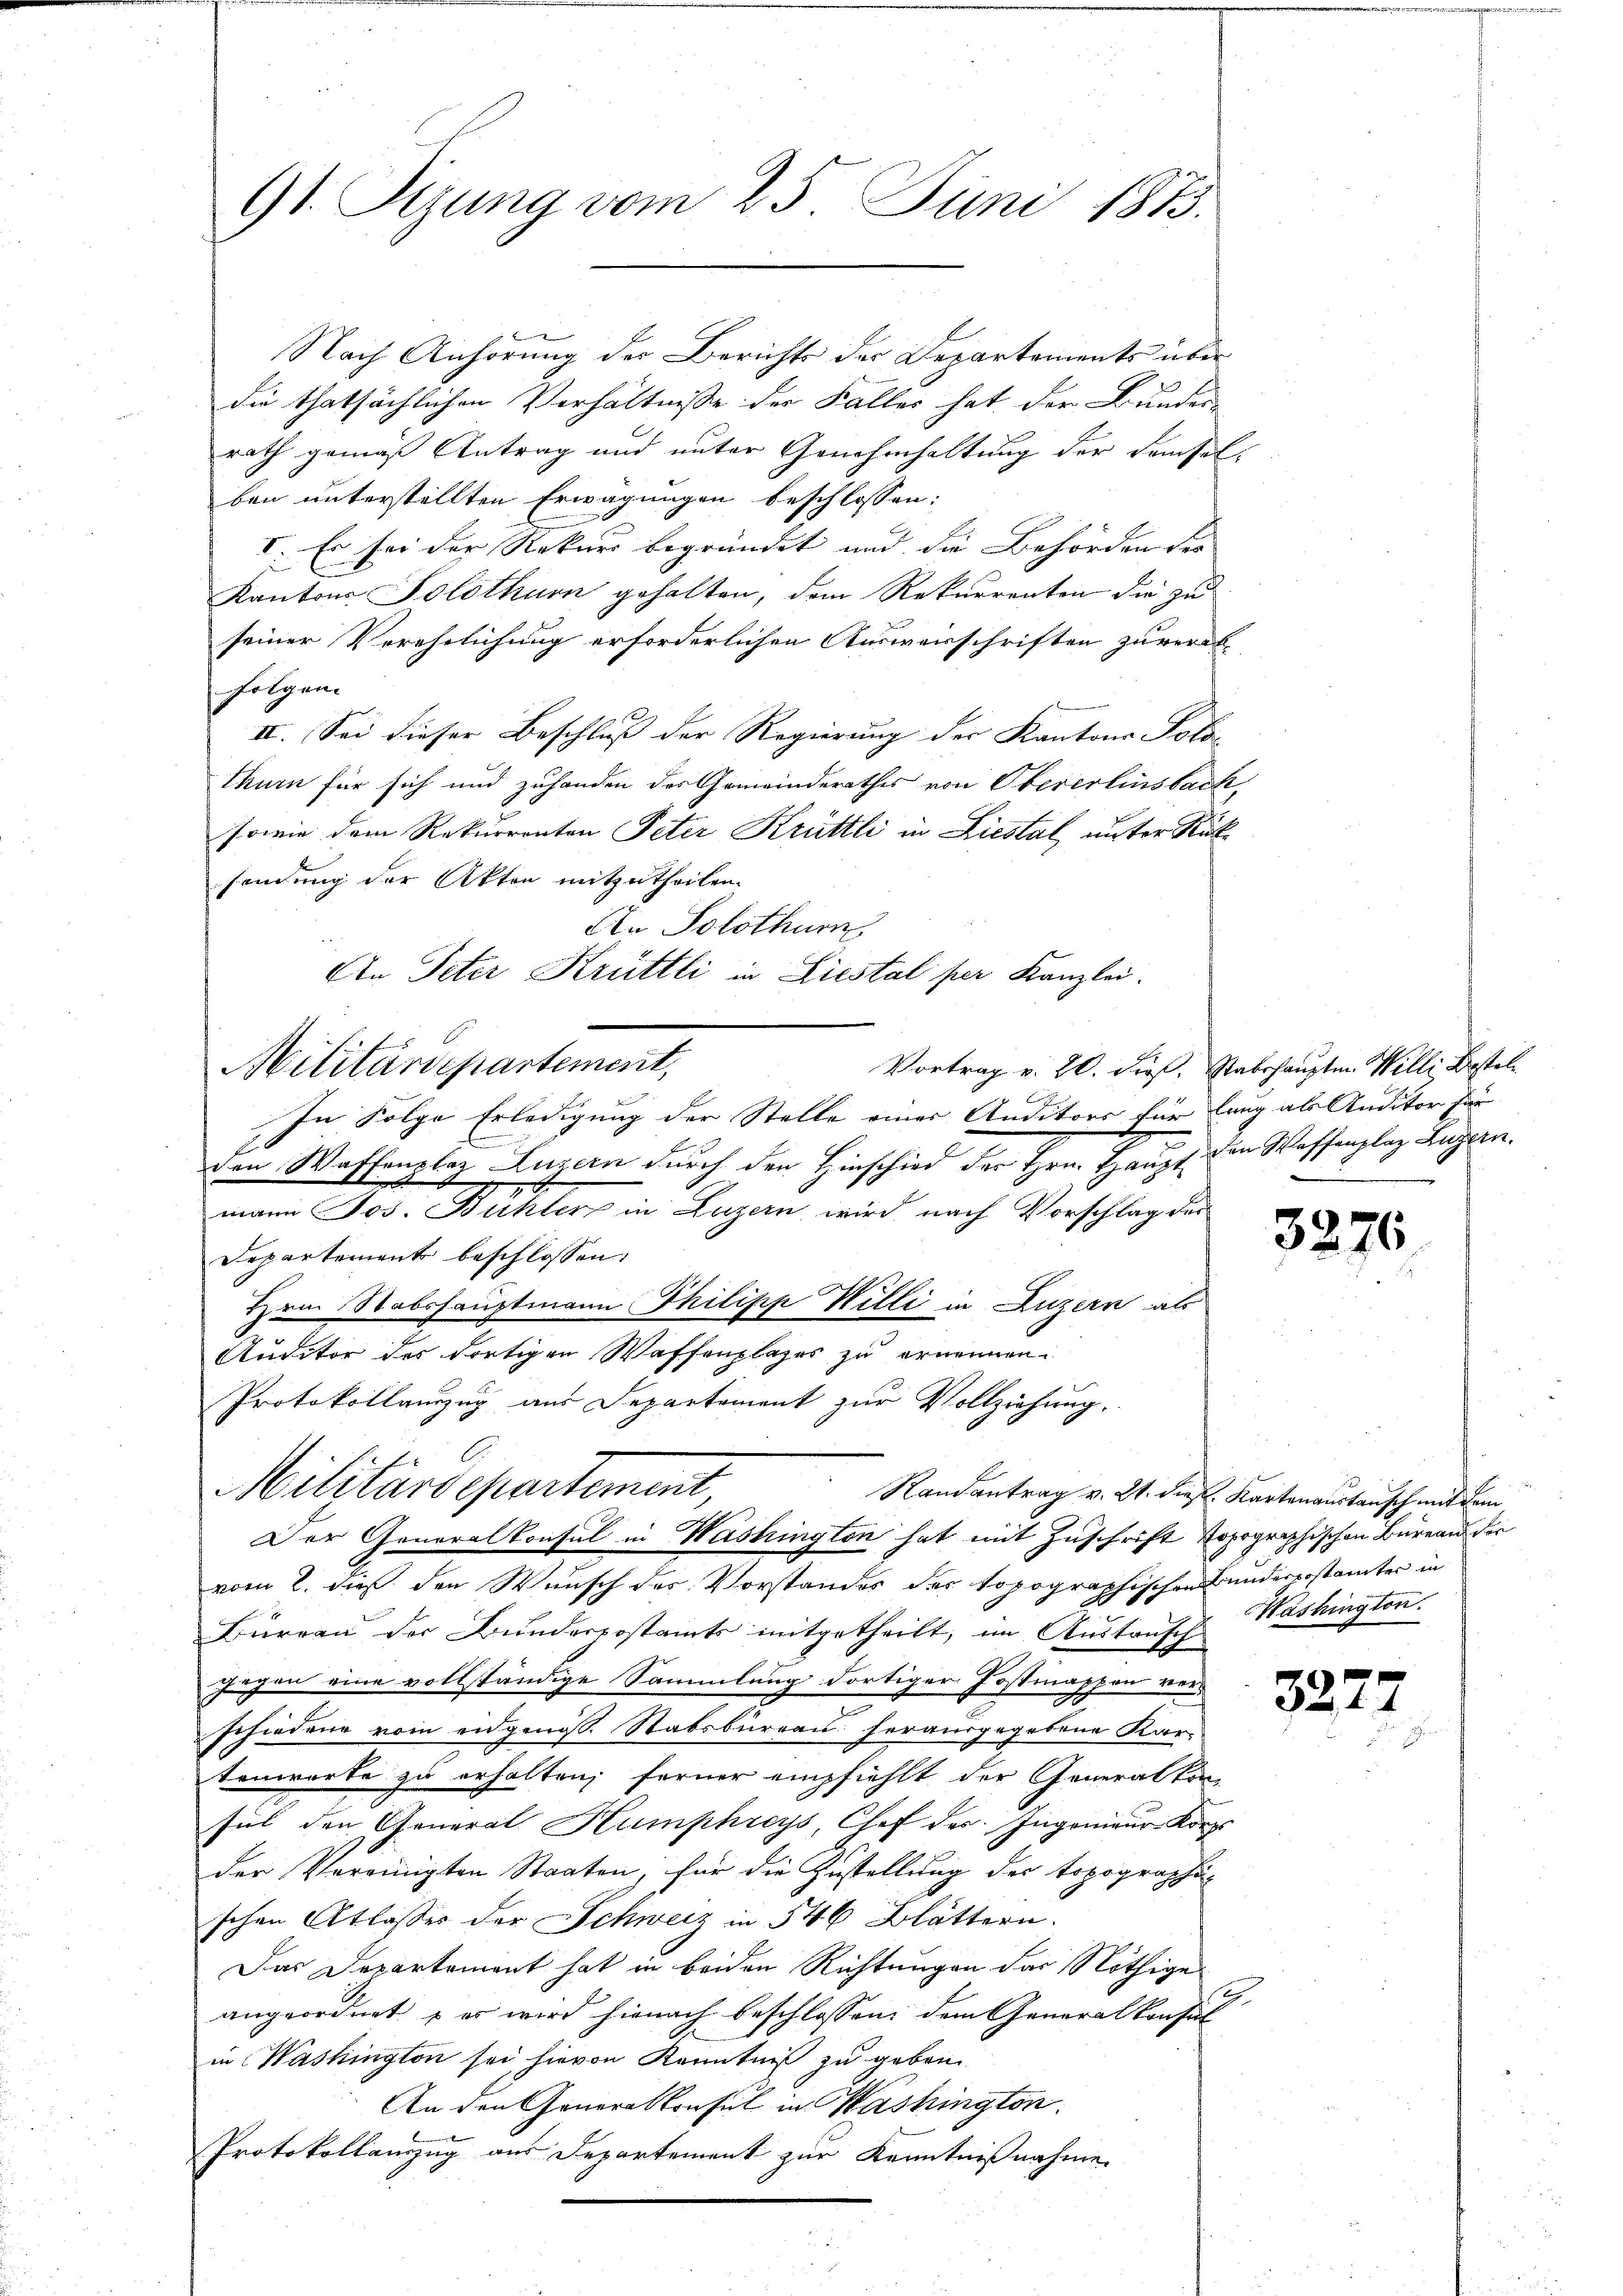
91. Sizung vom 25. Juni 1873.

Nach Anhörung der Berichts der Departements über
die thatsächlichen Verhältnisse der Falles hat der Bunder-
rath gemäß Antrag und unter Genehmhaltung der demsel
ben unterstellten Erwägungen beschlossen:
I. Es sei der Rekurs begründet und die Behörden der |
Kantons Solothurn gehalten, dem Rekurrenten die zu
seiner Verehelichung erforderlichen Ausweisschriften zuverakfolgen.
II. Sei dieser Beschluß der Regierung der Kantons Poli
thurn für sich und zuhanden des Gemeinderathes von Obererlinsbach
sowie dem Rekurrenten Peter Krüttli in Liestal unter Rücksendung der Akten mitzutheilen.
An Solothur
Ain Peter Krüttli Liestal per Kanzlei-
Vortrag v. 20. dieß, Stabshauptm. Willi, Bestel
n
C
In Folge Erledigung der Stelle einer Anditors für lang als Auditor für
B
den Waffenplaz Luzern durch den Hinschied der Hrn. Haupte
x
mann Jos. Bühler in Luzern wird nach Vorschlag des
Departement beschlossen:
Hrn Stabshauptmann Philipp Willi in Luzern als
Auditor des dortigen Waffenplazes zu ernennen.
Protokollanzug aus Departement zur Vollziehung.
Militärdepartement,
Randantrag v. 2. dies. Kartenanstansch mit dem
Der Generalkonsul in Washington hat mit Zuschrift topographischen Büreau der
vom 2. dieß den Wunsch des Vorstandes der topographischen Bundespostämter in
Büreau der Bunderpostamts mitgetheilt, im Austrisch
gegen eine vollständige Sammlung dortiger Jostinappen verschiedene vom eidgenos. Stabsbureau herausgegebene Kartenworte zu erhalten; ferner empfiehlt der Generalkon-
fil den General Humphroys, Chef des Ingenieŭr Korps
der Vereinigten Staaten, für die Zustellung der topographi-
schen Atlasses der Schweiz in 546 Blättern.
Das Departement hat in beiden Richtungen das Nöthige
angeordnet & es wird hienach beschlossen, dem Generalkonsul
in Washington sei hievon Kenntniß zu geben
An den Generalkonsul in Washington
Protokollanzug aus Departement zur Kenntnißnahme

Militärdepartement,

den Waffenplaz Luzern.

2

3276

Washington.

32.